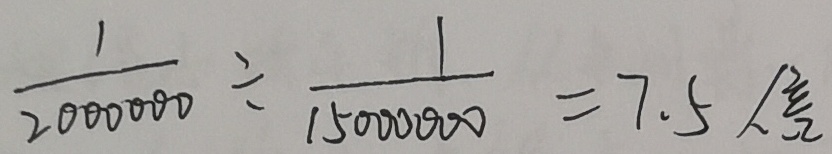
\frac { 1 } { 2 0 0 0 0 0 0 } \div \frac { 1 } { 1 5 0 0 0 0 0 0 } = 7 . 5 倍